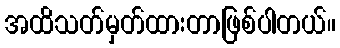
အထိသတ်မှတ်ထားတာဖြစ်ပါတယ်။